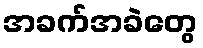
အခက်အခဲတွေ